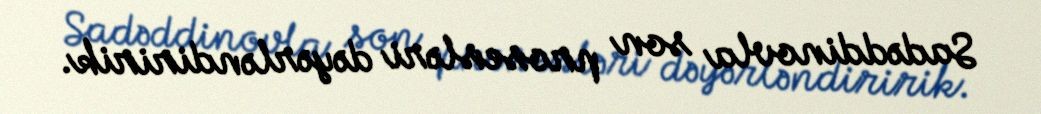
Sadəddinovla son prosesləri dəyərləndiririk.